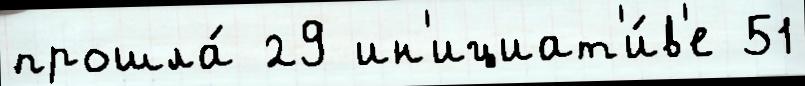
прошла́ 29 ин'ициат'и́в'е 51